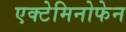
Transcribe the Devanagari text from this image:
एक्टेमिनोफेन